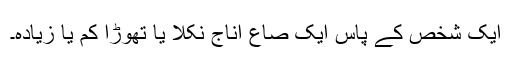
ایک شخص کے پاس ایک صاع اناج نکلا یا تھوڑا کم یا زیادہ۔